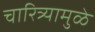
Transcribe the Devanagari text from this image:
चारित्र्यामुळे